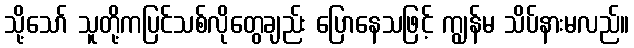
သို့သော် သူတို့ကပြင်သစ်လိုတွေချည်း ပြောနေသဖြင့် ကျွန်မ သိပ်နားမလည်။